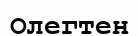
Олегтен